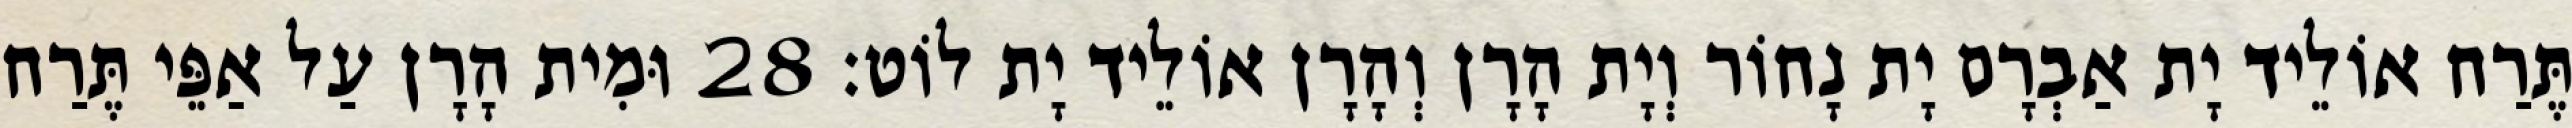
תֶּרַח אוֹלֵיד יָת אַבְרָם יָת נָחוֹר וְיָת הָרָן וְהָרָן אוֹלֵיד יָת לוֹט׃ 28 וּמִית הָרָן עַל אַפֵּי תֶּרַח